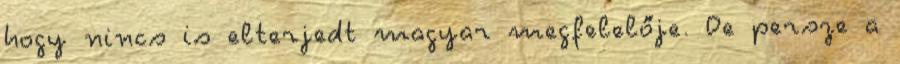
hogy nincs is elterjedt magyar megfelelője. De persze a